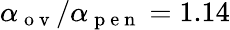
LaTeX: \alpha_{\mathrm{~o~v~}}/\alpha_{\mathrm{~p~e~n~}}=1.14